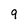
Character: 9